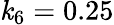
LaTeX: \mathit{k}_{6}=0.25